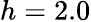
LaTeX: h=2.0